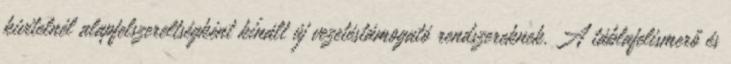
kivitelnél alapfelszereltségként kínált új vezetéstámogató rendszereknek. A táblafelismerő és